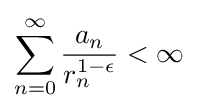
\sum _{n=0}^{\infty }{\frac {a_{n}}{r_{n}^{1-\epsilon }}}<\infty